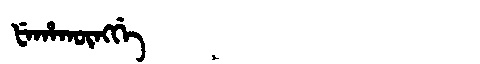
Manchu: ᡶᡝᡥᠠᡴᡡᠩᡤᡝ
Romanization: FEHAKŪNGGE